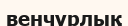
венчурлық